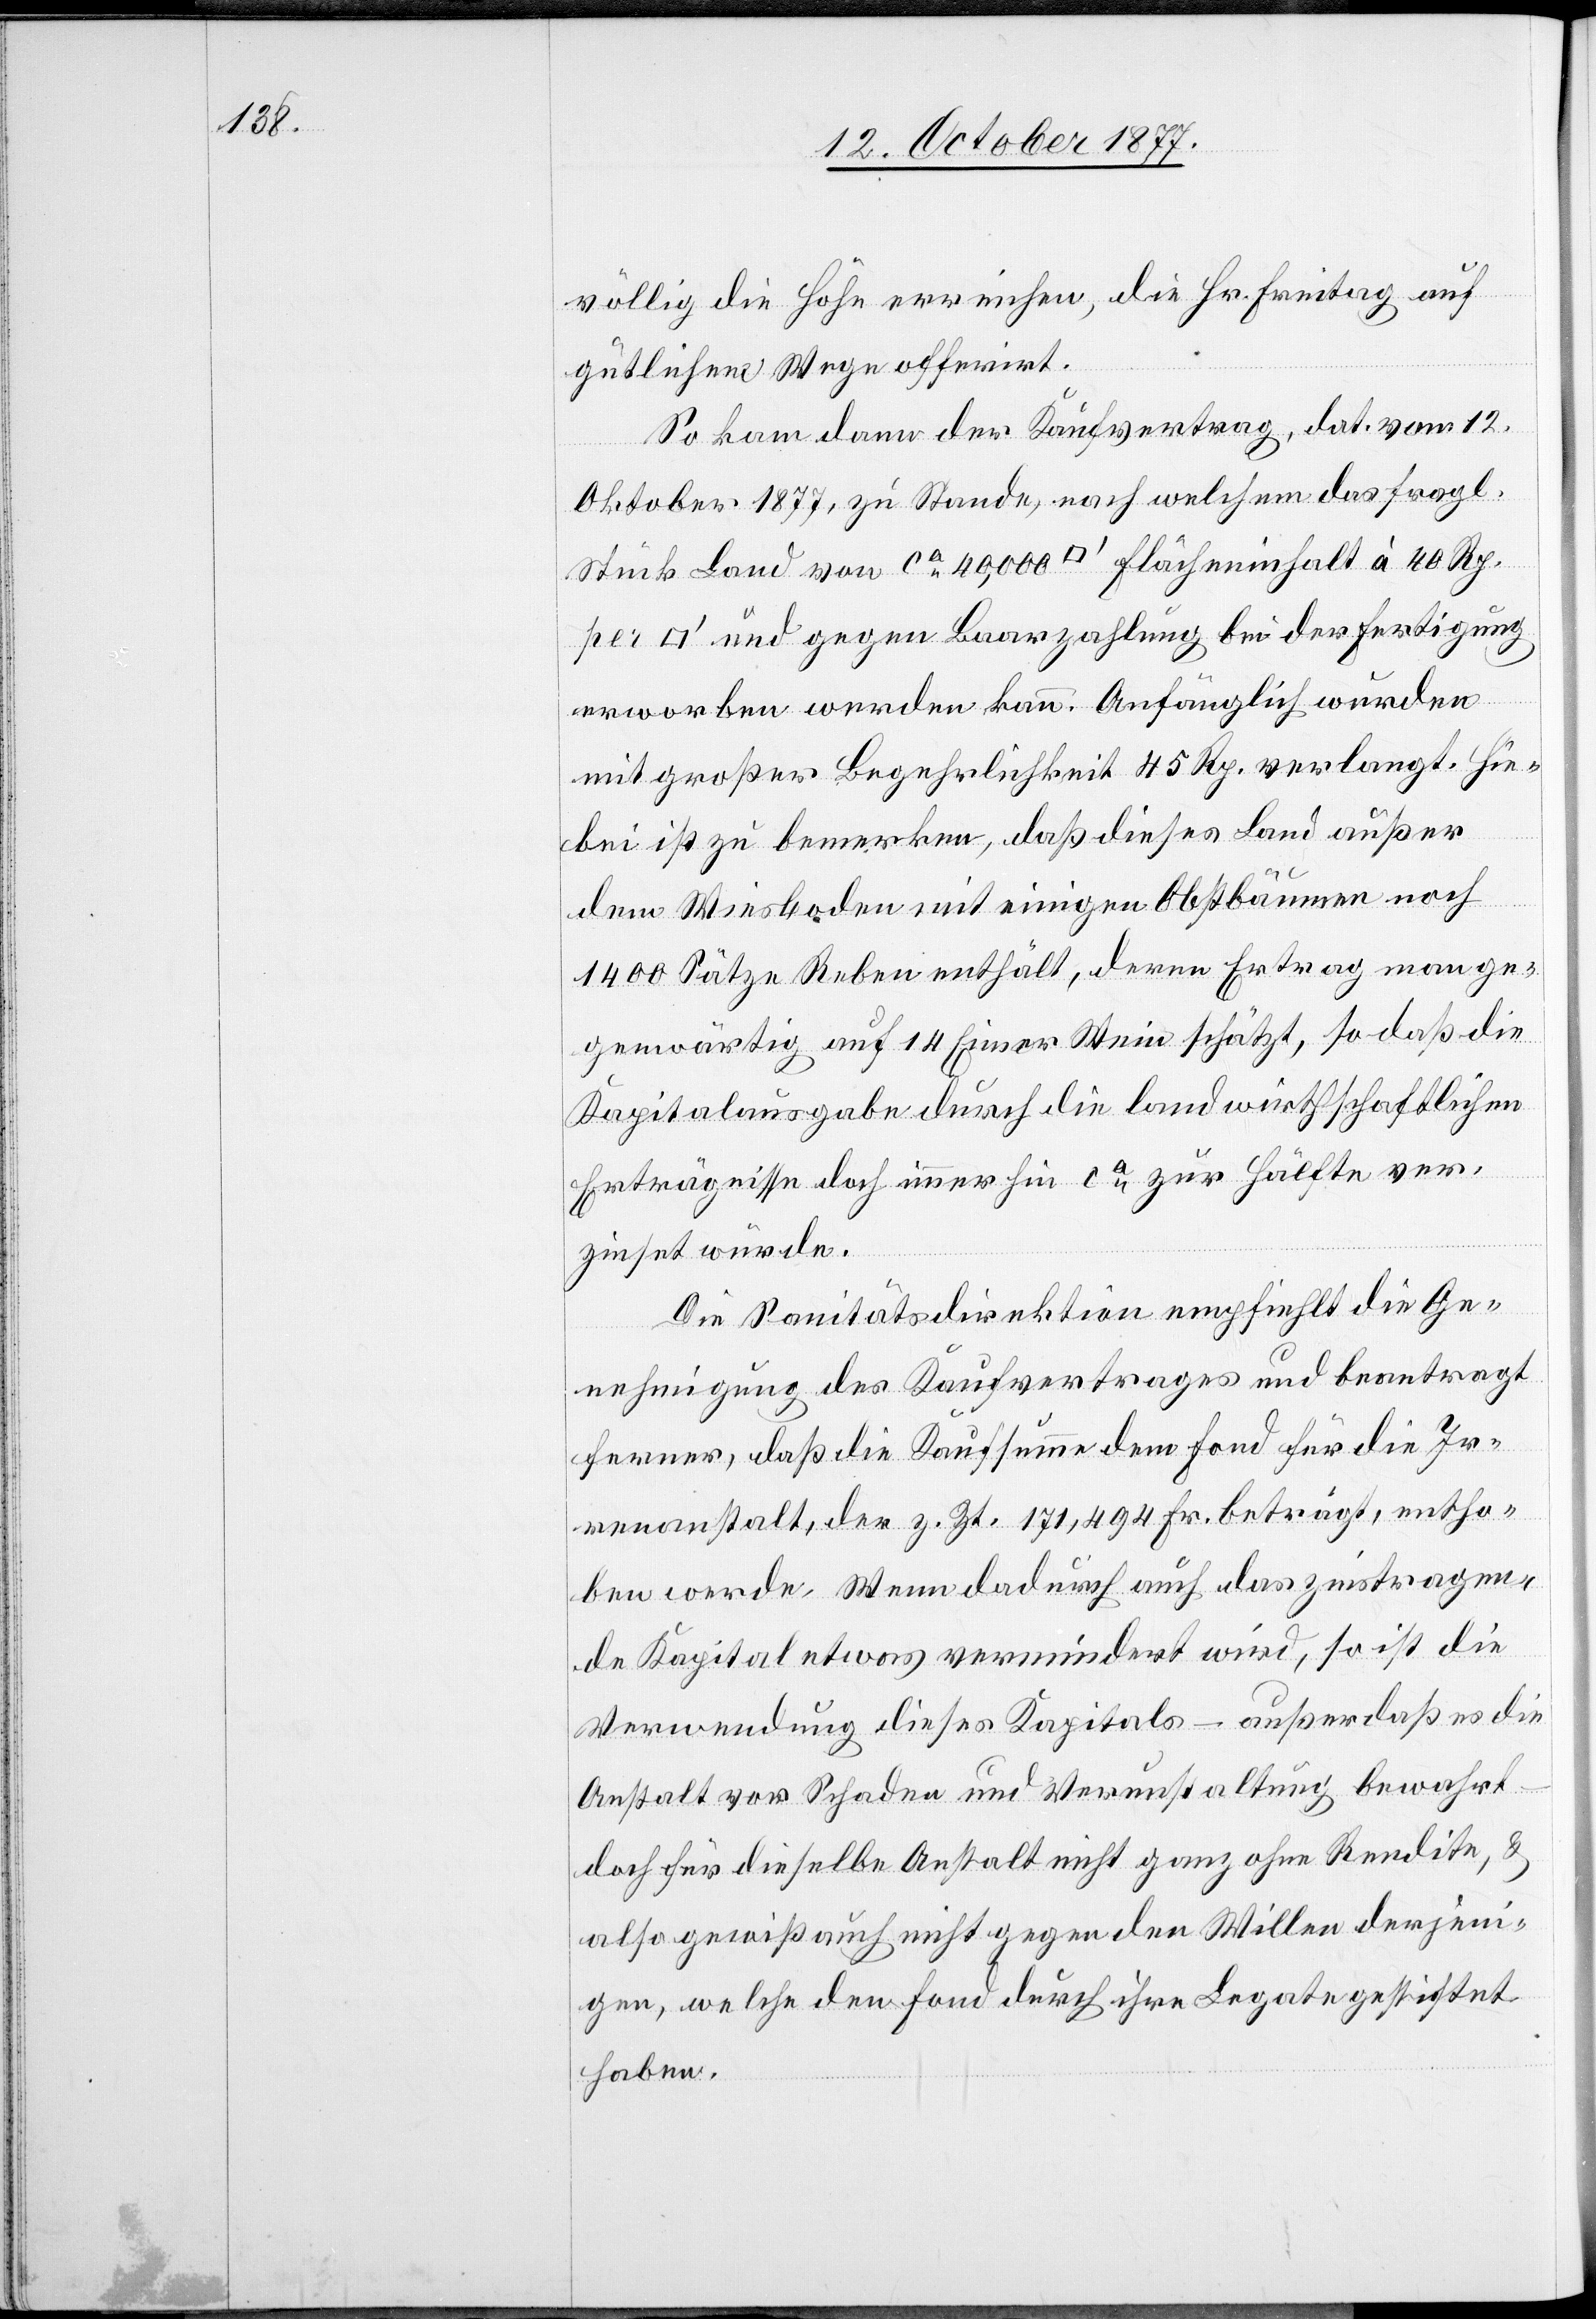
völlig die Höhe erreichen, die Hr. Freitag auf
gütlichem Wege offerirt.
So kam dann der Kaufvertrag, dat. vom 12.
Oktober 1877, zu Stande, nach welchem das fragl.
Stück Land von ca 40,000 [Quadratfuß] Flächeninhalt à 40 Rp.
fuß] und gegen Baarzahlung bei der Fertigung
erworben werden kann. Anfänglich wurden
mit großer Begehrlichkeit 45 Rp. verlangt. Hie¬
drat¬
bei ist zu bemerken, daß dieses Land außer
dem Wiesboden mit einigen Obstbäumen noch
1400 Sätze Reben enthält, deren Ertrag man ge¬
genwärtig auf 14 Eimer Wein schätzt, so daß die
Kapitalausgabe durch die landwirthschaftlichen
Erträgnisse doch immerhin ca zur Hälfte ver¬
zinset würde.
Die Sanitätsdirektion empfiehlt die Ge¬
nehmigung des Kaufvertrages und beantragt
ferner, daß die Kaufsumme dem Fond für die Ir¬
renanstalt, der z. Zt. 171,494 Fr. beträgt, entho¬
ben werde. Wenn dadurch auch das zinstragen¬
de Kapital etwas vermindert wird, so ist die
Verwendung dieses Kapitals – außer daß es die
Anstalt vor Schaden und Verunstaltung bewahrt
doch für dieselbe Anstalt nicht ganz ohne Rendite, &
also gewiß auch nicht gegen den Willen derjeni¬
gen, welche den Fond durch ihre Legate gestiftet
haben.